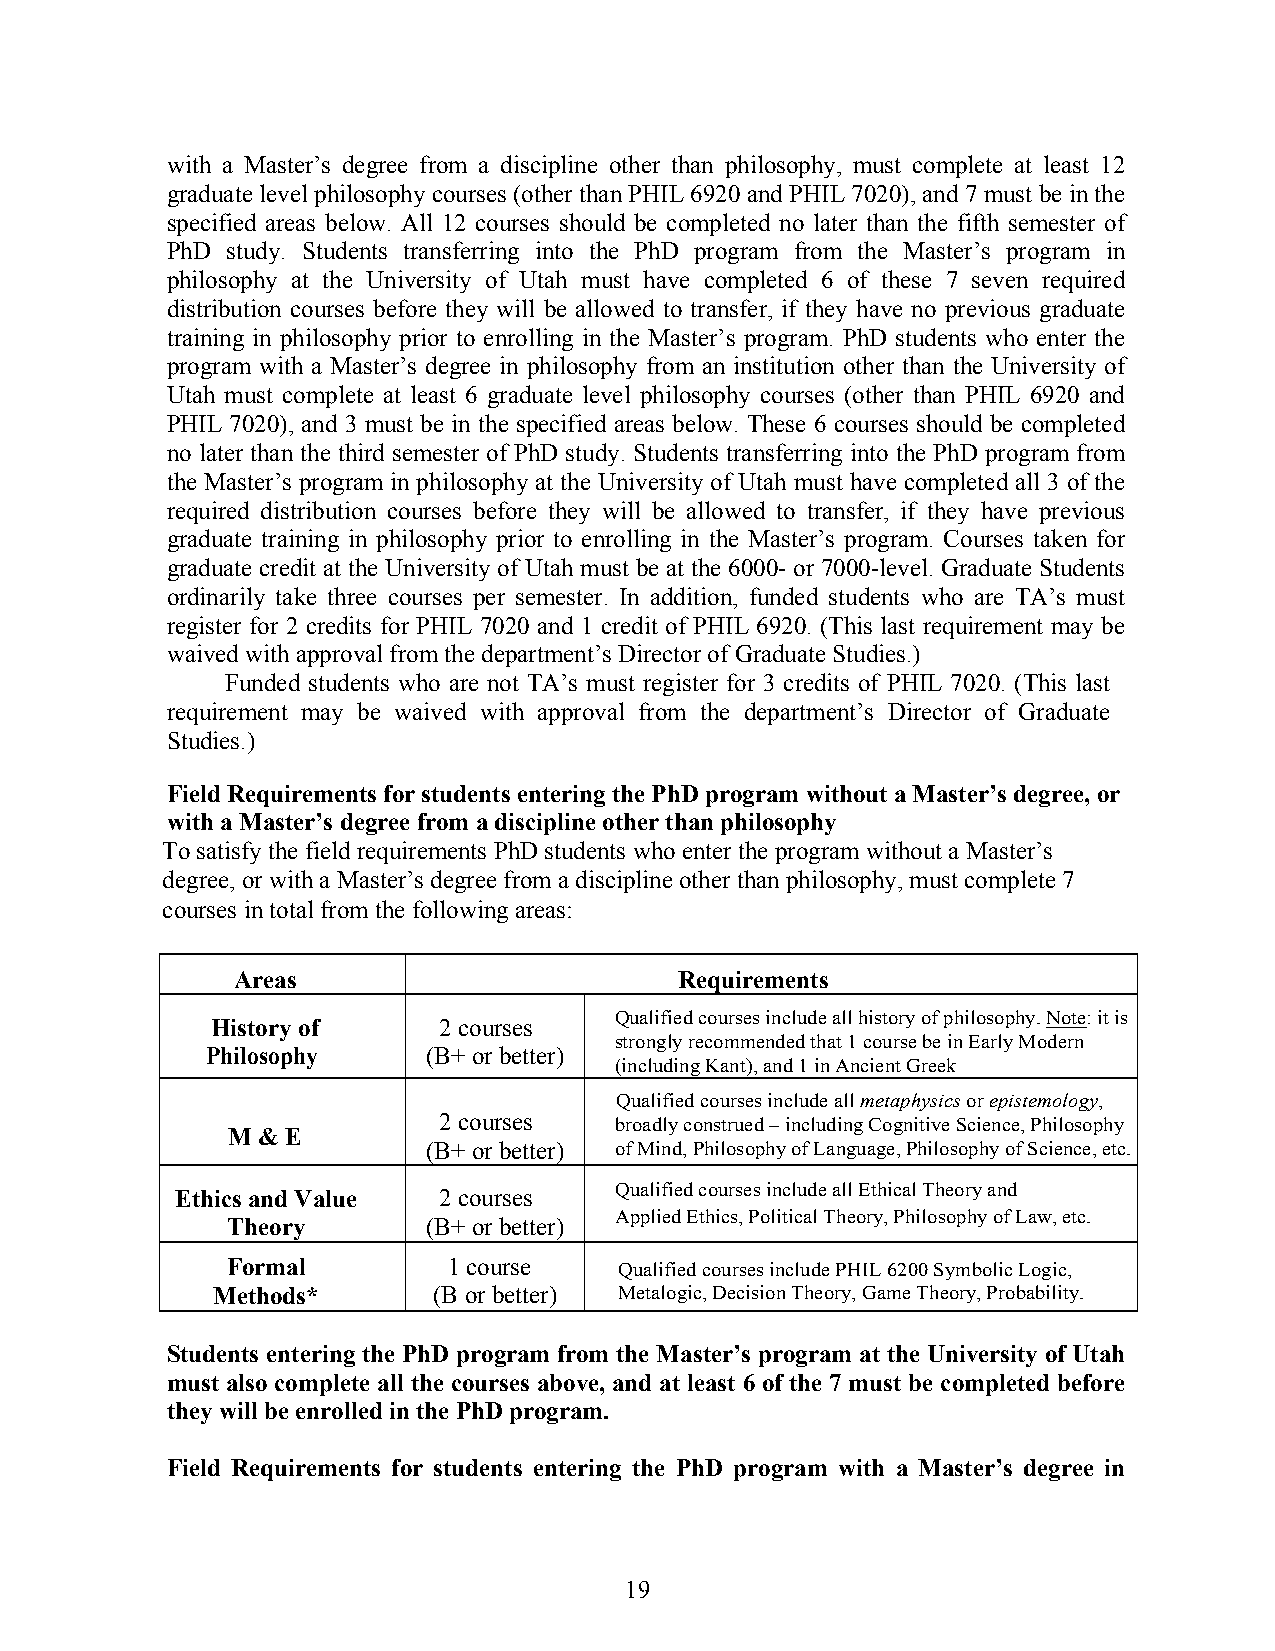
with a Master’s degree from a discipline other than philosophy, must complete at least 12
 graduate level philosophy courses (other than PHIL 6920 and PHIL 7020), and 7 must be in the
 specified areas below. All 12 courses should be completed no later than the fifth semester of
 PhD study. Students transferring into the PhD program from the Master’s program in
 philosophy at the University of Utah must have completed 6 of these 7 seven required
 distribution courses before they will be allowed to transfer, if they have no previous graduate
 training in philosophy prior to enrolling in the Master’s program. PhD students who enter the
 program with a Master’s degree in philosophy from an institution other than the University of
 Utah must complete at least 6 graduate level philosophy courses (other than PHIL 6920 and
 PHIL 7020), and 3 must be in the specified areas below. These 6 courses should be completed
 no later than the third semester of PhD study. Students transferring into the PhD program from
 the Master’s program in philosophy at the University of Utah must have completed all 3 of the
 required distribution courses before they will be allowed to transfer, if they have previous
 graduate training in philosophy prior to enrolling in the Master’s program. Courses taken for
 graduate credit at the University of Utah must be at the 6000- or 7000-level. Graduate Students
 ordinarily take three courses per semester. In addition, funded students who are TA’s must
 register for 2 credits for PHIL 7020 and 1 credit of PHIL 6920. (This last requirement may be
 waived with approval from the department’s Director of Graduate Studies.)
 Funded students who are not TA’s must register for 3 credits of PHIL 7020. (This last
 requirement may be waived with approval from the department’s Director of Graduate
 Studies.)
 Field Requirements for students entering the PhD program without a Master’s degree, or
 with a Master’s degree from a discipline other than philosophy
 To satisfy the field requirements PhD students who enter the program without a Master’s
 degree, or with a Master’s degree from a discipline other than philosophy, must complete 7
 courses in total from the following areas:
 Areas                         Requirements
 Qualified courses include all history of philosophy. Note: it is
 History of     2 courses
 strongly recommended that 1 course be in Early Modern
 Philosophy    (B+ or better)
 (including Kant), and 1 in Ancient Greek
 Qualified courses include all metaphysics or epistemology,
 2 courses   broadly construed – including Cognitive Science, Philosophy
 M & E
 (B+ or better) of Mind, Philosophy of Language, Philosophy of Science, etc.
 Ethics and Value 2 courses   Qualified courses include all Ethical Theory and
 Applied Ethics, Political Theory, Philosophy of Law, etc.
 Theory       (B+ or better)
 Formal         1 course   Qualified courses include PHIL 6200 Symbolic Logic,
 Methods*       (B or better) Metalogic, Decision Theory, Game Theory, Probability.
 Students entering the PhD program from the Master’s program at the University of Utah
 must also complete all the courses above, and at least 6 of the 7 must be completed before
 they will be enrolled in the PhD program.
 Field Requirements for students entering the PhD program with a Master’s degree in
 19